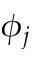
\phi _ { j }